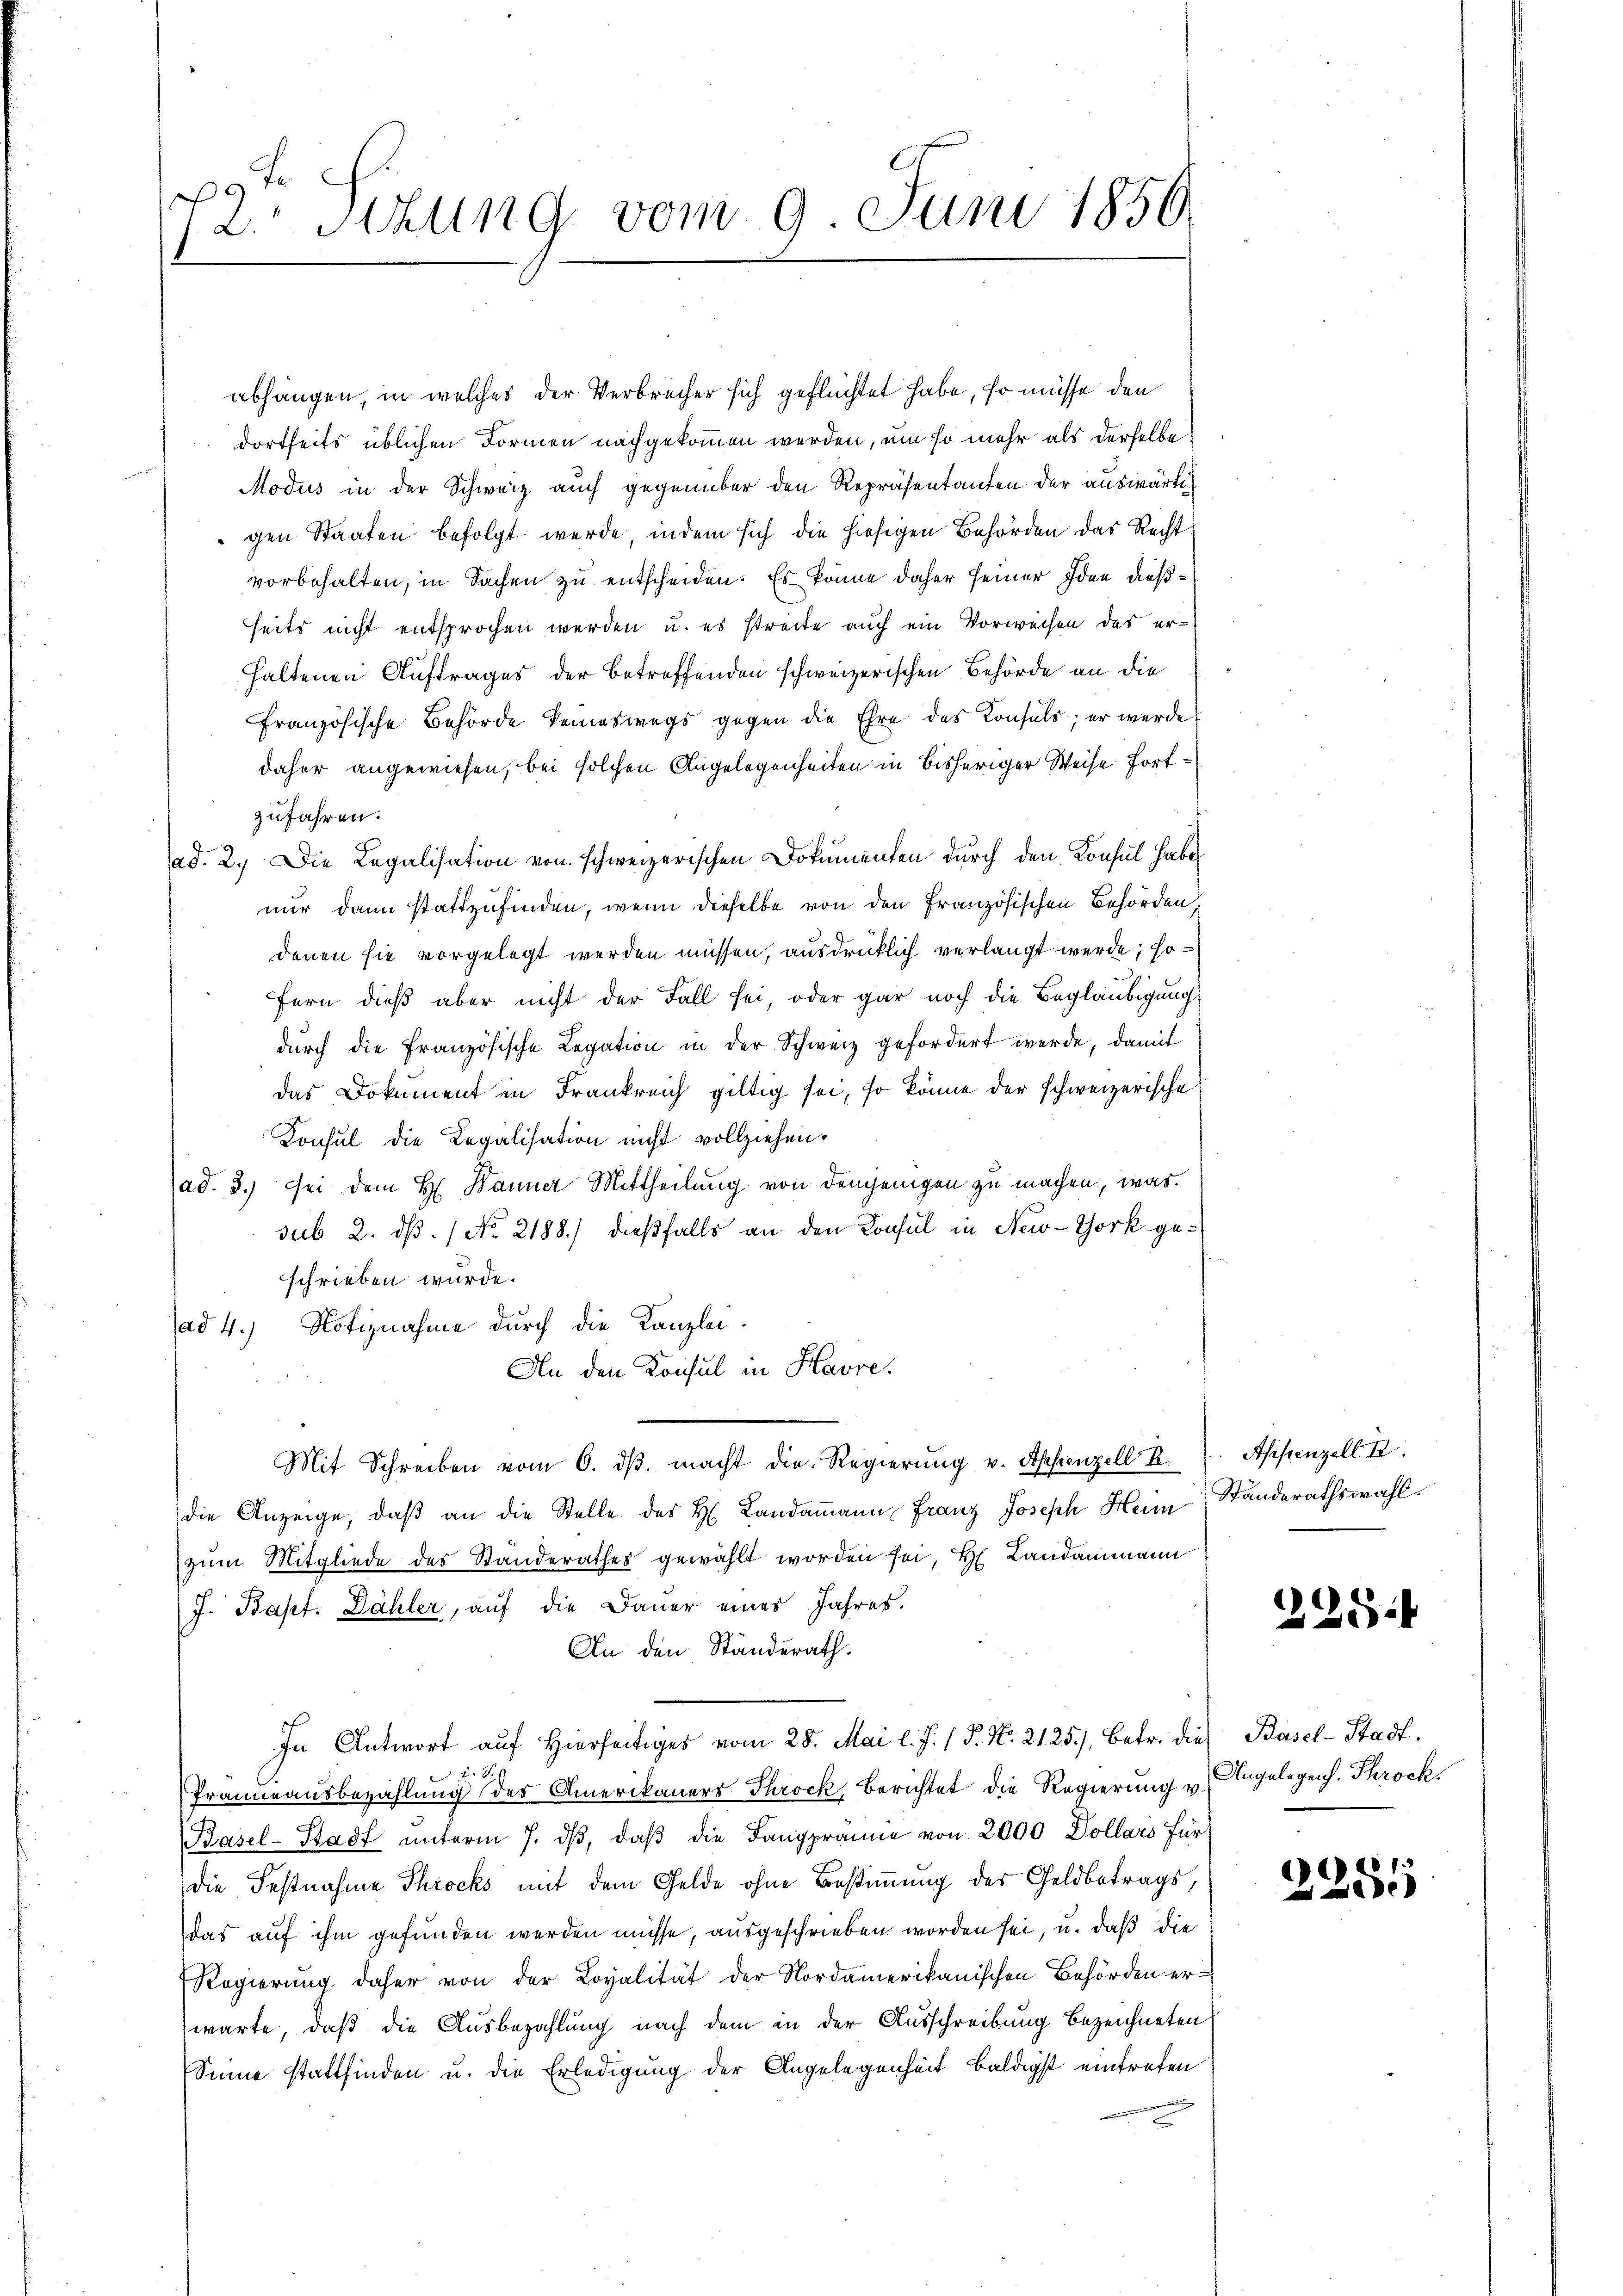
97
2. Sitzung vom 9. Juni 1856

abhangen, in welches der Verbrecher sich geflüchtet habe, so müsse den
dortseits üblichen Formen nachgekommen werden, um so mehr als derselbe
Modus in der Schweiz auch gegenüber den Repräsentanten der auswärtig
gen Staaten befolgt werde, indem sich die hiesigen Behörden das Recht
vorbehalten, in Sachen zu entscheiden. Es könne daher seiner Idee dießseits nicht entsprochen werden u. es streite auch ein Vorweisen das erhaltenen Auftrages der betreffenden schweizerischen Behörde an die
französische Behörde keineswegs gegen die Ehre des Konsuls; er werde
daher angewiesen, bei solchen Angelegenheiten in bisheriger Weise fortzufahren.
ad. 2. Die Legalisation von schweizerischen Dokumenten durch den Konsul habe
nur dann stattzufinden, wenn dieselbe von den Französischen Behörden
denen sie vorgelegt werden müssen, ausdrücklich verlangt werde; sofern dieß aber nicht der Fall sei, oder gar noch die Beglaubigung
dŭrch die französische Legation in der Schweiz gefordert werde, damit
das Dokument in Frankreich giltig sei, so könne der schweizerische
Konsul die Legalisation nicht vollziehen.
ad. 3.) Sei dem H. Banner Mittheilung von denjenigen zu machen, was
sub 2. dß. / No 2188.) dießfalls an den Konsul in New-York geschrieben wurde.
ad 4.) Notiznahme durch die Kanzlei-
An den Konsul in Havre.
Mit Schreiben vom 6. dβ. macht die Regierung v. Appenzell A.
die Anzeige, daβ an die Stelle des H. Landammann Franz Joseph Heim
zum Mitgliede des Standerathes gewählt worden sei, H. Landammann
J. Bapt. Dähler, auf die Dauer eines Jahres.
An den Ständerath.
In Antwort auf hierseitiges vom 28. Mai l. J. 1 P. Nr. 2125), betr. die Basel-Stadt.
u. S.
Prämieausbezahlung des Amerikaners Throck, Berichtet die Regierung u. Angelegens. Throck
Pasel-Stadt unterm 7. dβ, daß die Tanzprämie von 2000 Dollars für
die Festnahme Throcks mit dem Gelde ohne Bestimmung der Geldbetrags,
das auf ihm gefunden werden müsse, ausgeschrieben worden sei, u. daß die
Regierung daher von der Loyalität der Nordamerikanischen Behörden erwarte, daß die Ausbezahlung nach dem in der Ausschreibung bezeichneten
Sinne stattfinden u. die Erledigung der Angelegenheit baldigst eintreten

Afistenzell I.
Ständerathswahl.

2254

7.
de